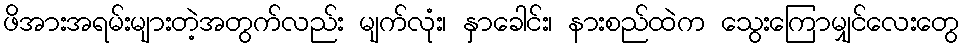
ဖိအားအရမ်းများတဲ့အတွက်လည်း မျက်လုံး၊ နှာခေါင်း၊ နားစည်ထဲက သွေးကြောမျှင်လေးတွေ